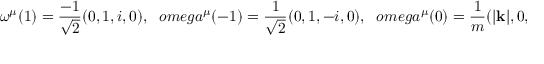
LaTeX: \omega ^ { \mu } ( 1 ) = \frac { - 1 } { \sqrt 2 } ( 0 , 1 , i , 0 ) , \ \ \, o m e g a ^ { \mu } ( - 1 ) = \frac { 1 } { \sqrt 2 } ( 0 , 1 , - i , 0 ) , \ \ \, o m e g a ^ { \mu } ( 0 ) = \frac { 1 } { m } ( \vert { \bf k } \vert , 0 , 0 , k ^ { 0 } ) .